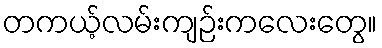
တကယ့်လမ်းကျဉ်းကလေးတွေ။